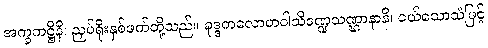
အက္ခကဋ္ဌီနိ၊ ညှပ်ရိုးနှစ်ဖက်တို့သည်။ ခုဒ္ဒကလောဟဝါသိဒဏ္ဍသဏ္ဌာနာနိ၊ ငယ်သောသံဖြင့်